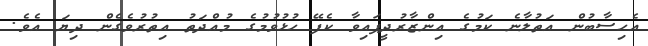
އެހިސާބުން އަތުލާނެ ކަމުގެ އިންޒާރުދީފައިވާ ކެފޭ ހުޅުވުމުގެ މުއްދަތު އިތުރުވެގެން ދިޔަ އެވެ.